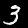
Label: 3